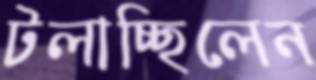
টলাচ্ছিলেন